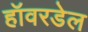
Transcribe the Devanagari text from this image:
हॉवरडेल